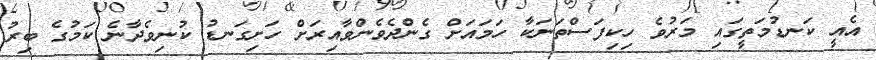
އެއީ ކަނޑުމަތީގައި މަރުވެ ހިކިފަސްތަނަކާ ހަމައަށް ގެންދެވެންވާއިރަށް ހަށިގަނޑު ކުނިވެދާނެ ކަމުގެ ބިރު